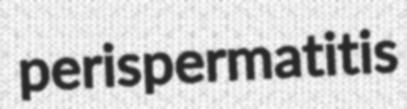
perispermatitis